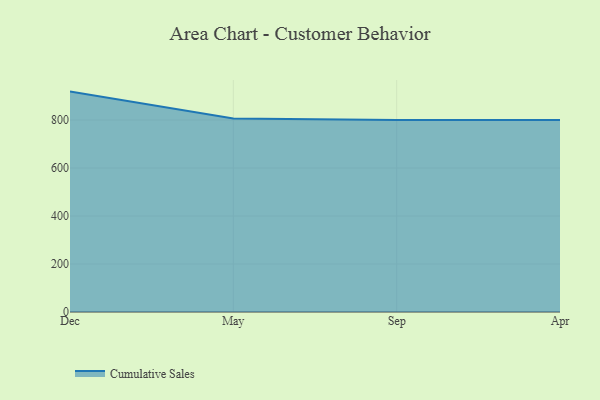
{"axis": {"x": "Month", "y": "Customer Acquisition Cost (USD)"}, "legend": ["Cumulative Sales"], "data": [{"x": "Dec", "y": 918.5, "type": "Cumulative Sales"}, {"x": "May", "y": 806.3, "type": "Cumulative Sales"}, {"x": "Sep", "y": 800, "type": "Cumulative Sales"}, {"x": "Apr", "y": 800, "type": "Cumulative Sales"}]}